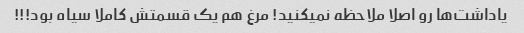
یاداشت‌ها رو اصلا ملاحظه نمیکنید! مرغ هم یک قسمتش کاملا سیاه بود!!!